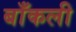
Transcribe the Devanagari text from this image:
बाँकली